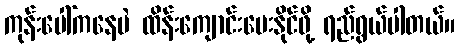
ကုန်းပေါ်ကနေပဲ ထိန်းကျောင်းပေးနိုင်ဖို့ ရည်ရွယ်ပါတယ်။